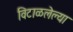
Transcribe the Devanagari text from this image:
विटाळलेल्या